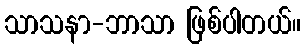
သာသနာ-ဘာသာ ဖြစ်ပါတယ်။